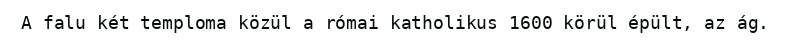
A falu két temploma közül a római katholikus 1600 körül épült, az ág.